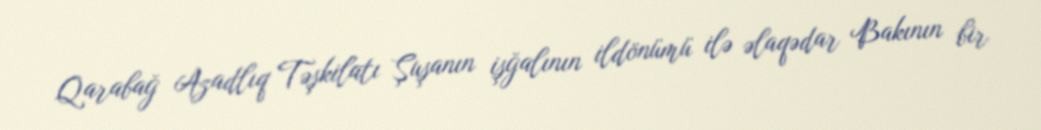
Qarabağ Azadlıq Təşkilatı Şuşanın işğalının ildönümü ilə əlaqədar Bakının bir